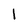
Character: l